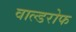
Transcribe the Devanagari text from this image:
वाल्डरोफ